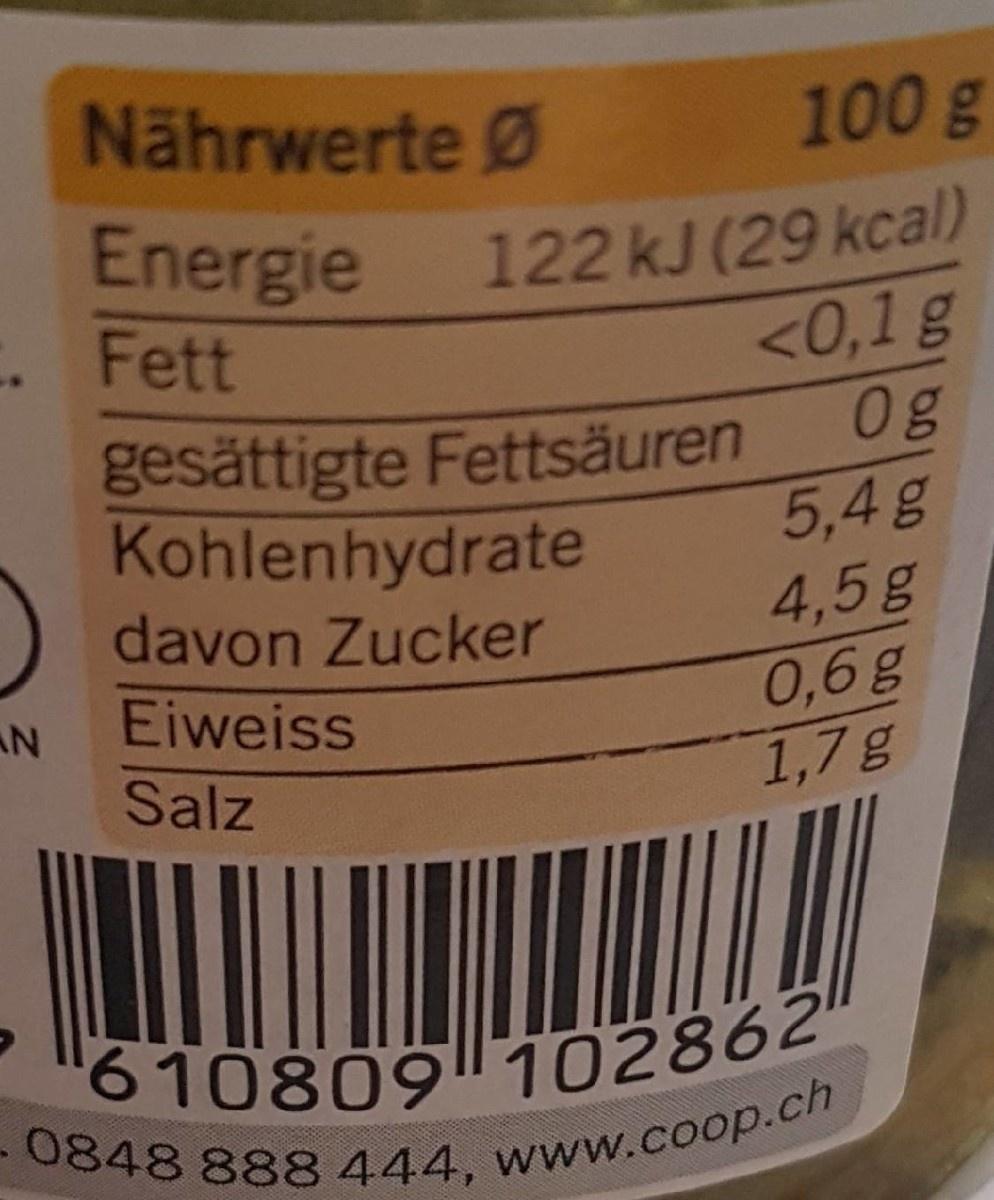
Nährwerte Ø
100 g
Energie Fett
122KJ (29 kcal) <0,1g 0g
gesättigte Fettsäuren 5,4g 4,5g 0,6g 1,7g
Kohlenhydrate
davon Zucker Eiweiss
AN
Salz
"610809 102862" 0848888 444, www.coop.ch